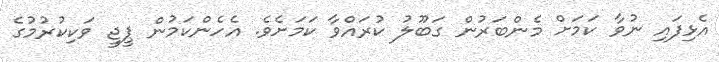
އެޅިފައި ނުވާ ކަމަށް މެންބަރުން ގަބޫލު ކުރައްވާ ކަމަށެވެ. އެހެންކަމުން ޕީޖީ ވަކިކުރުމުގެ